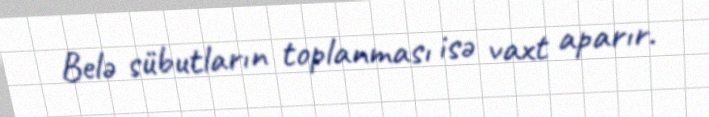
Belə sübutların toplanması isə vaxt aparır.